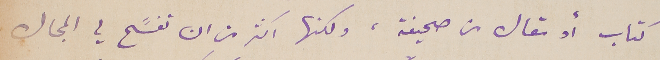
كتاب أو مقال من صحيفة، ولكنها اكثر من ان تفسًح لي المجال